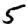
Digit: 5